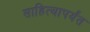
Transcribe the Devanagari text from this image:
साहित्यापर्यंत